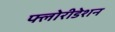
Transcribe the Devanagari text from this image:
फ्लोरीडेशन